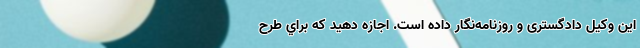
این وکیل دادگستری و روزنامه‌نگار داده است. اجازه دهيد كه براي طرح